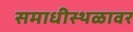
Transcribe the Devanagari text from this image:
समाधीस्थळावर